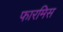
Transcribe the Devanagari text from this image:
फारमिस